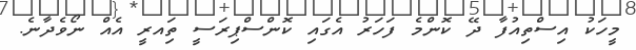
މީހަކު އިސްތިއުފާ ދޭ ކޮންމެ ފަހަރު އެގައި ކޮންސްޕިރަސީ ތިައރީ އެއް ނޯވެދާނެ.